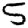
Digit: 5